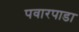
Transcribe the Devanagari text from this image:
पवारपाडा